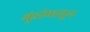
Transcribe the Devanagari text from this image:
गुंडांपासून